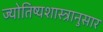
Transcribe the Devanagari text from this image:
ज्योतिष्यशास्त्रानुसार